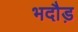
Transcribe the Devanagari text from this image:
भदौड़